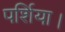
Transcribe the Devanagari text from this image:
पर्शिया।